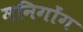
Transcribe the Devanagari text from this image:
मनिगोंग